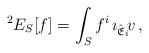
LaTeX: \begin{align*}^2E_S[f]=\int_S f^i\, \imath_{\hat{\mathfrak{E}}_i}\!v\,,\end{align*}